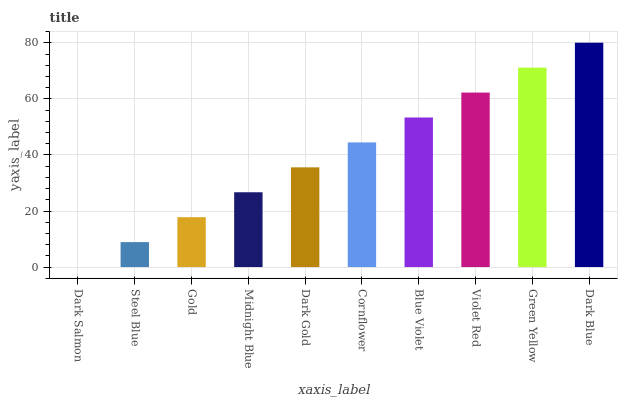
| xaxis_label | bars |
 | --- | --- |
 | Dark Salmon | 0 |
 | Steel Blue | 8.9 |
 | Gold | 17.8 |
 | Midnight Blue | 26.7 |
 | Dark Gold | 35.6 |
 | Cornflower | 44.5 |
 | Blue Violet | 53.4 |
 | Violet Red | 62.3 |
 | Green Yellow | 71.2 |
 | Dark Blue | 80.1 |